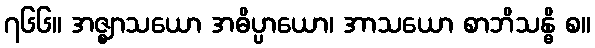
၇၆၆။ အဇ္ဈာသယော အဓိပ္ပာယော၊ အာသယော စာဘိသန္ဓိ စ။